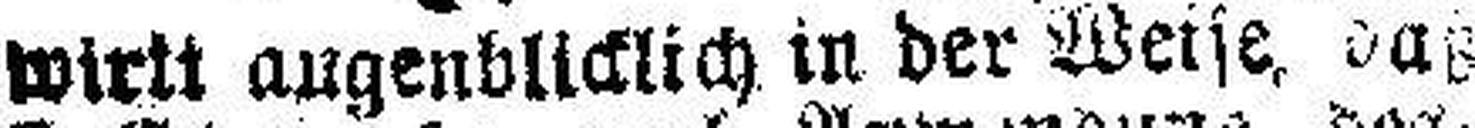
wirkt augenblicklich in der Weise, das